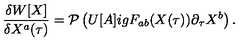
\frac { \delta W [ X ] } { \delta X ^ { a } ( \tau ) } = { \cal P } \left( U [ A ] i g F _ { a b } ( X ( \tau ) ) \partial _ { \tau } X ^ { b } \right) .